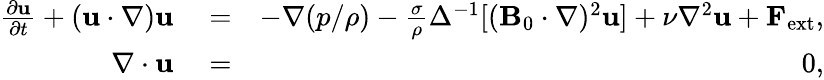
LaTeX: \begin{array}{rlr}{\frac{\partial{\mathbf u}}{\partial t}+({\mathbf u}\cdot\nabla){\mathbf u}}&{{}=}&{-\nabla({p}/{\rho})-\frac{\sigma}{\rho}\Delta^{-1}[({\mathbf B}_{0}\cdot\nabla)^{2}{\mathbf u}]+\nu\nabla^{2}{\mathbf u}+{\mathbf F}_{\mathrm{ext}},}\\ {\nabla\cdot{\mathbf u}}&{{}=}&{0,}\end{array}